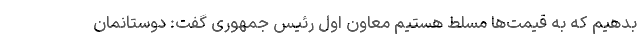
بدهیم که به قیمت‌ها مسلط هستیم معاون اول رئیس جمهوری گفت: دوستانمان